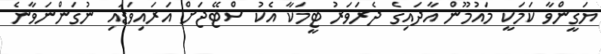
ޔަގީންވާ ކަމަކީ މައުމޫން އާދައިގެ ދެރަވަރު ޓީމަކާ އެކު ސްޓޭޖަށް އަރައިވަޑައި ނުގަންނަވާނެ